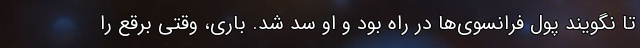
تا نگویند پول فرانسوی‌ها در راه بود و او سد شد. باری، وقتی برقع را